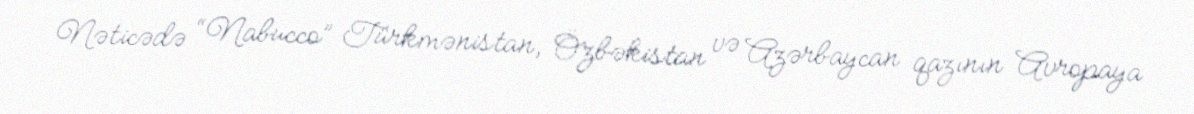
Nəticədə “Nabucco” Türkmənistan, Özbəkistan və Azərbaycan qazının Avropaya